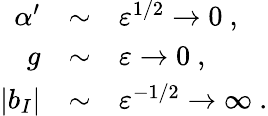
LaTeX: \begin{array}{rcl}{{\alpha^{\prime}}}&{{\sim}}&{{\varepsilon^{1/2}\to 0~,}}\\ {{g}}&{{\sim}}&{{\varepsilon\to 0~,}}\\ {{|b_{I}|}}&{{\sim}}&{{\varepsilon^{-1/2}\to\infty~.}}\end{array}